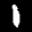
Label: 1